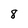
Character: 8